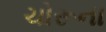
ચોરૂના